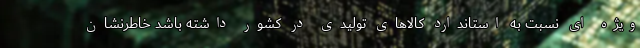
ویژه ای نسبت به استاندارد کالاهای تولیدی در کشور داشته باشد خاطرنشان